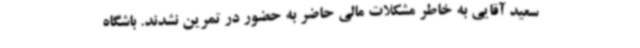
سعید آقایی به خاطر مشکلات مالی حاضر به حضور در تمرین نشدند. باشگاه